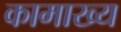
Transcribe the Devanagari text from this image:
कामाख्य